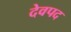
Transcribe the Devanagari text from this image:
देवपद